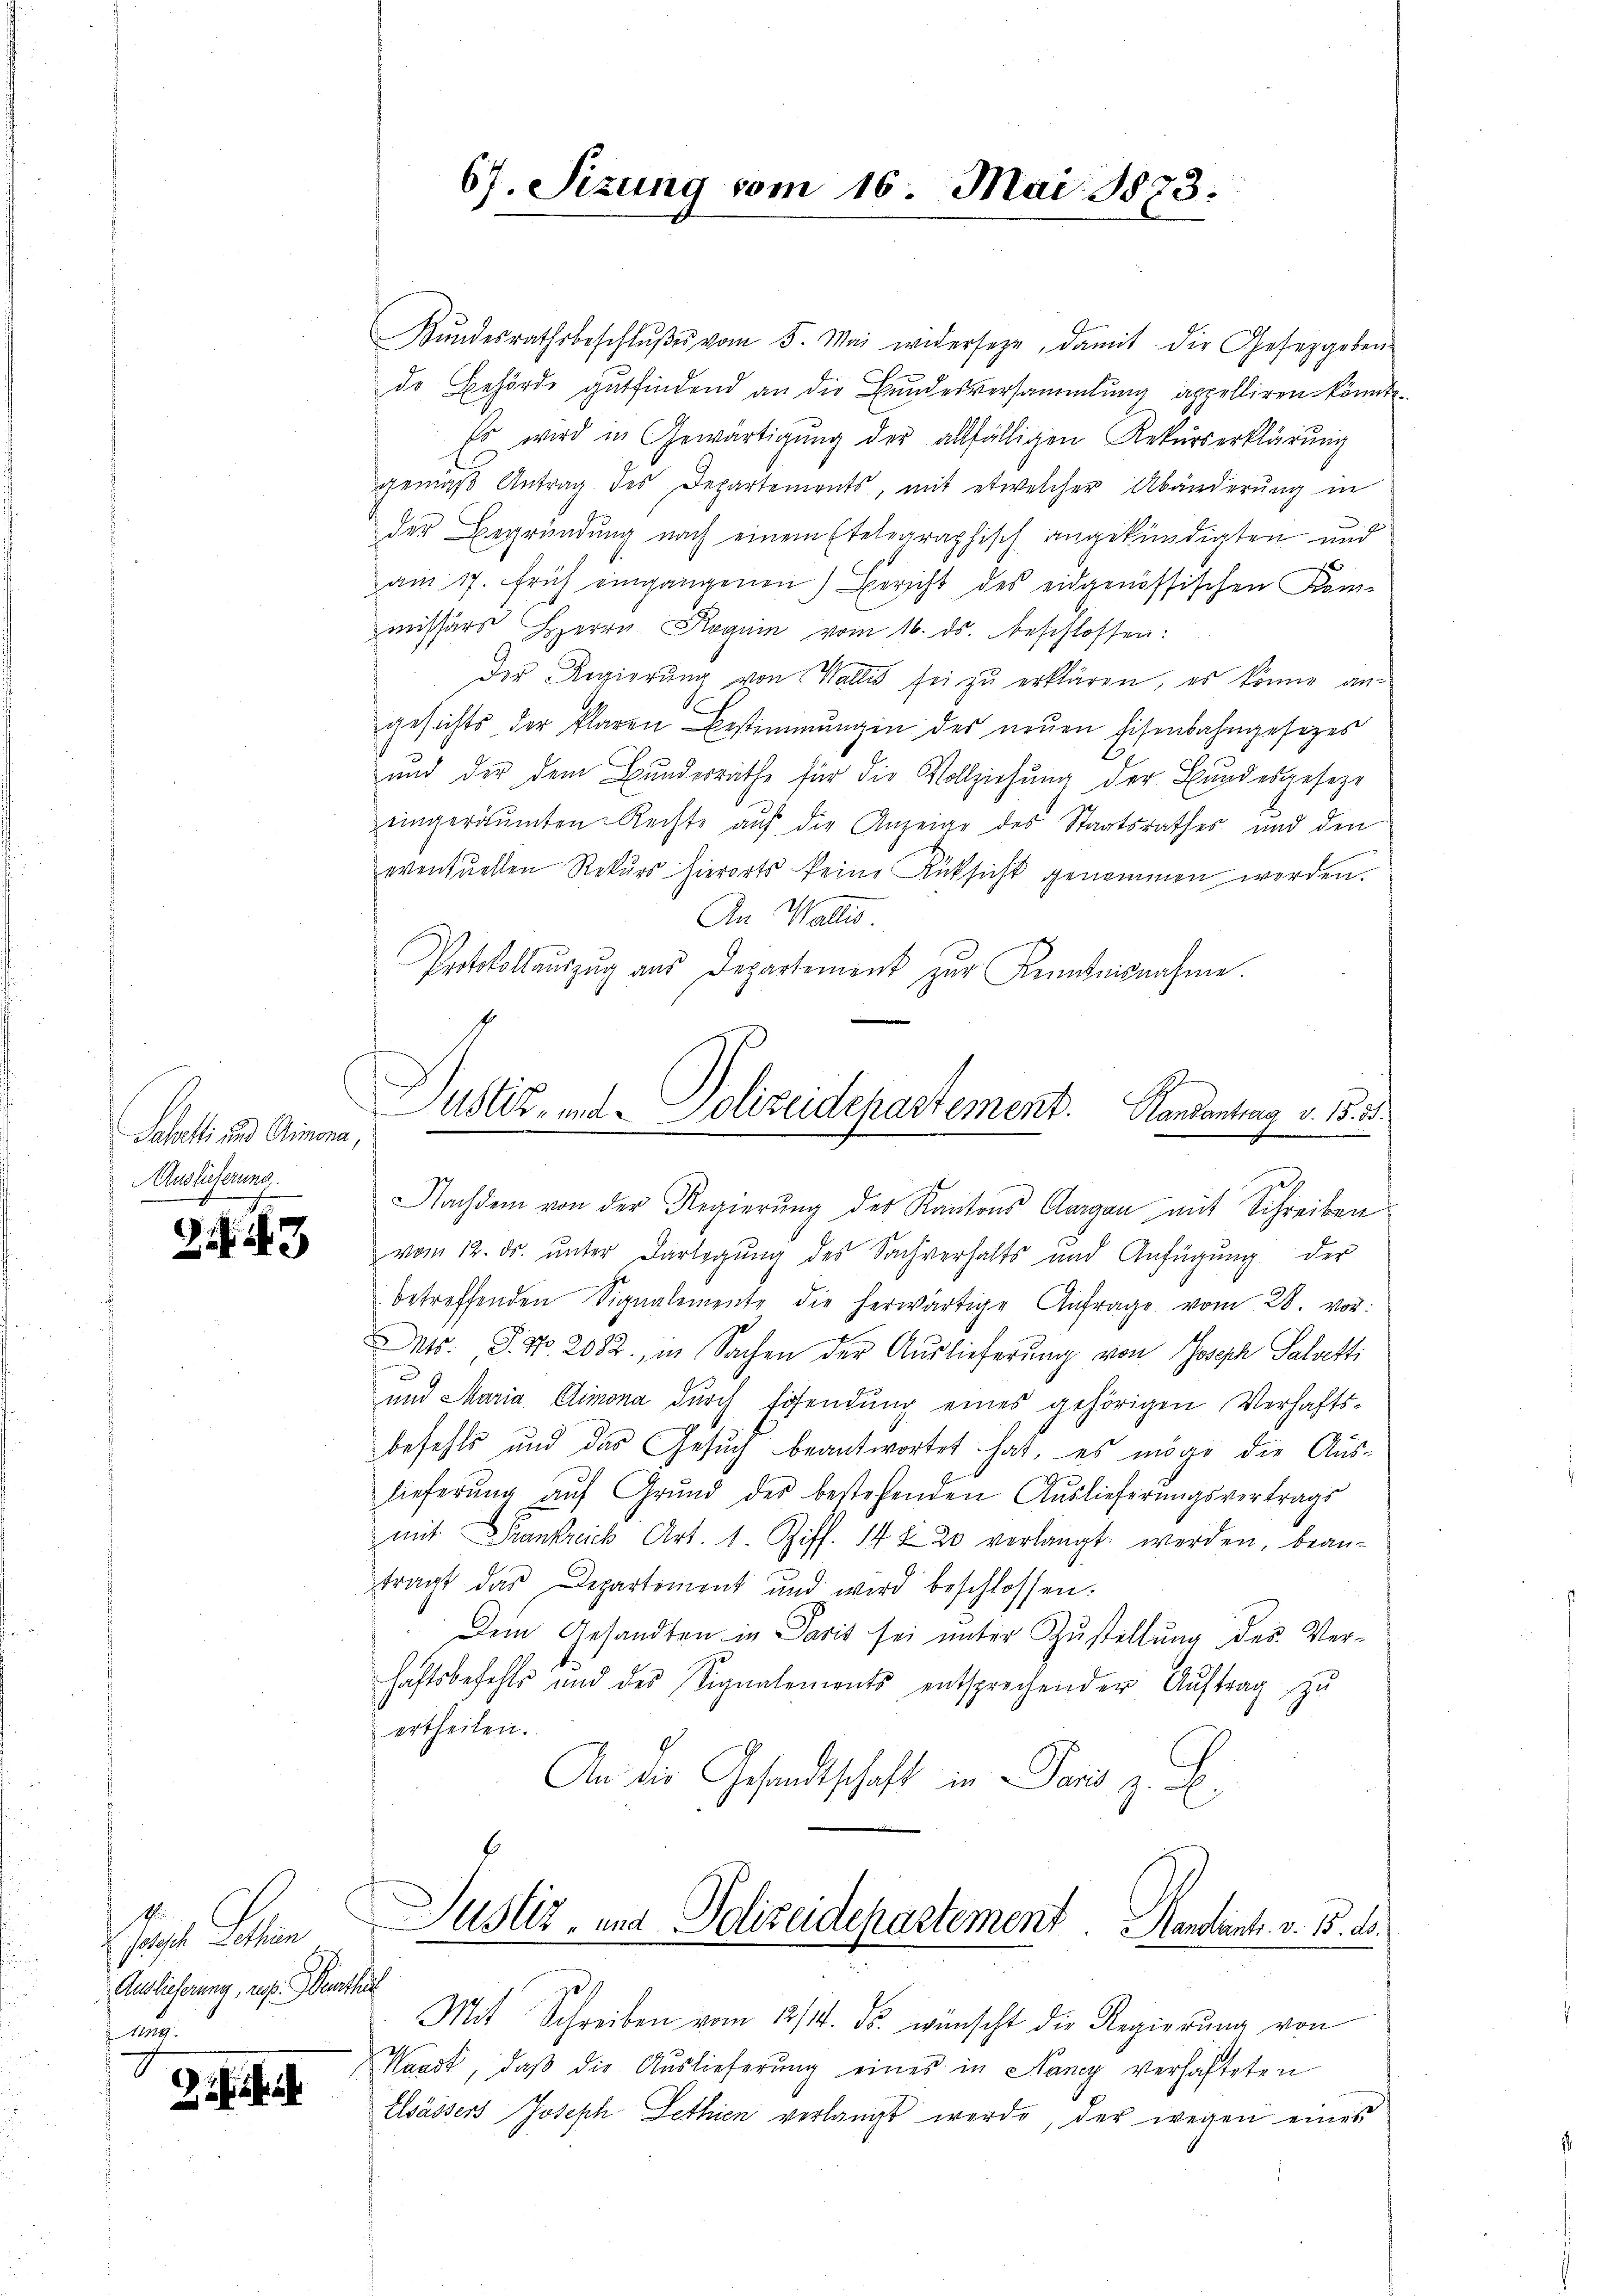
Schatte und Grimona,
Auslieferung

243

sit den
Auslieferung, rest. Werthur
nng.

67. Sizung vom 16. Mai 1873.

Kŭndesrathsbeschlŭβe vom 5. Mai widerseze, damit die Gesetzgeben
de Behörde gutfindend an die Bundesversammlung appelliren könnte.
Es wird in Gewärtigŭng der allfälligen Rekurserklärung
gemäß Antrag des Departements, mit etwelcher Abänderung in
der Begründung nach einem Etelegraphisch angekündigten und
am 17. Früh eingangenen Bericht des eidgenössischen Kom-
missärs Herrn Roguin vom 16. ds. beschlossen:
Der Regierung von Wallis sei zu erklären, es könne angesichts der klaren Bestimmungen des neuen Eisenbahngesetzes
und der dem Bundesrathe für die Vollziehung der Bundesgeseze
eingeräumten Rechte auf die Anzeige des Staatsrathes und den
eventuellen Rekŭrs hierorts keine Rücksicht genommen worden.
An Wallis
Protokollauszug aus Departement zur Kenntnisnahme
vom 12. ds. ŭnter Darlegŭng des Sachverhalts und Anfügŭng der
betreffenden Signalemente die herwärtige Anfrage vom 28. vor:
Mts. S. Nr. 2082, in Sachen der Aŭslieferŭng von Joseph Salvesti
e
und Maria Elimona durch Eisendŭng eines gehörigen Verhafts-
befehls und das Gesuch beantwortet hat, es möge die Auslieferŭng aŭf Grŭnd des bestehenden Auslieferungsvertrags
mit Frankreich Art. 1. Ziff. 1420 verlangt werden, bean-
tragt das Departement und wird beschlossen.
Dem Gesandten in Paris sei unter Zustellung des Verhaftsbefehls und des Signalements entsprechender Auftrag zu
ertheilen.
An die Gesandtschaft in Paris z. B.
Justiz- und Polizeidepartement Handent. v. B. d.
Mit Schreiben vom 13/14. ds. wünscht die Regierung von
Waadt, daβ die Auslieferung eines in Nancy verhafteten
Elsässers Joseph Lethien verlangt werde, der wegen eines

Uster- und Polizeidepartement. Handantrag v. 15. 38

Nachdem von der Regierung der Kantons Aargau mit Schreiben